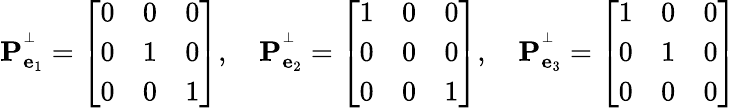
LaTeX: \mathbf{P}_{\mathbf{e}_{1}}^{^{\perp}}={\left[\begin{array}{lll}{0}&{0}&{0}\\ {0}&{1}&{0}\\ {0}&{0}&{1}\end{array}\right]},\quad\mathbf{P}_{\mathbf{e}_{2}}^{^{\perp}}={\left[\begin{array}{lll}{1}&{0}&{0}\\ {0}&{0}&{0}\\ {0}&{0}&{1}\end{array}\right]},\quad\mathbf{P}_{\mathbf{e}_{3}}^{^{\perp}}={\left[\begin{array}{lll}{1}&{0}&{0}\\ {0}&{1}&{0}\\ {0}&{0}&{0}\end{array}\right]}